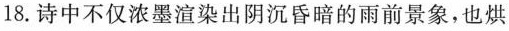
18.诗中不仅浓墨渲染出阴沉昏暗的雨前景象，也烘